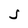
Character: S